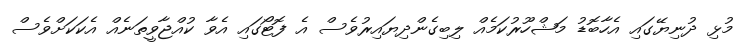
މުޅި ދުނިޔޭގައި އެހާބޮޑު މަޝްހޫރުކަމެއް ލިބިގެންދިޔައިރުވެސް އެ ފޮޓޯގައި އެވާ ކުއްޖާވީތަނެއް އެކަކަށްވެސް